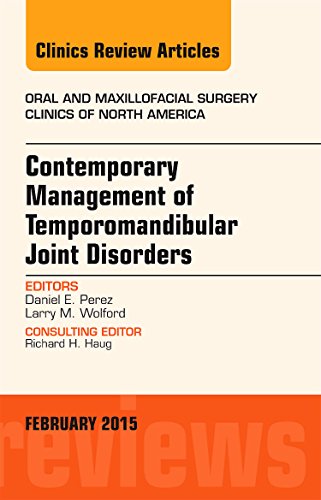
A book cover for Contemporary Management of Temporomandibular Joint Disorders, An Issue of Oral and Maxillofacial Surgery Clinics of North America, 1e (The Clinics: Dentistry); Daniel Perez DDS; Medical Books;